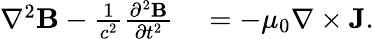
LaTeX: \begin{array}{rl}{\nabla^{2}{\mathbf B}-\frac{1}{c^{2}}\frac{\partial^{2}{\mathbf B}}{\partial t^{2}}}&{{}=-\mu_{0}\nabla\times{\mathbf J}.}\end{array}